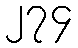
၂၇၄